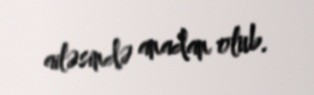
ailəsində anadan olub.